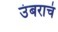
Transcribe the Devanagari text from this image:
उंबराचं